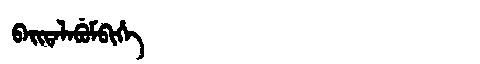
Manchu: ᠪᠠᡳᡨᠠᠯᠠᠪᡠᠮᠪᡳᡥᡝ
Romanization: BAITALABUMBIHE